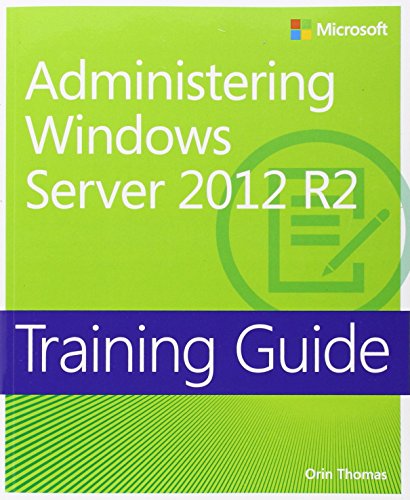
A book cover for Training Guide Administering Windows Server 2012 R2 (MCSA) (Microsoft Press Training Guide); Orin Thomas; Computers & Technology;